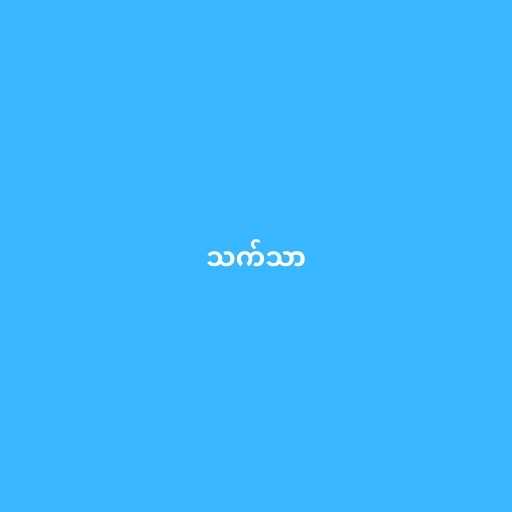
သက်သာ